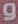
و